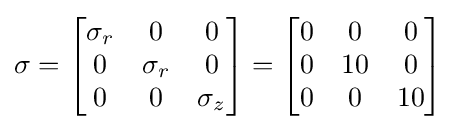
\sigma =\left[{\begin{matrix}\sigma _{r}&0&0\\0&\sigma _{r}&0\\0&0&\sigma _{z}\\\end{matrix}}\right]=\left[{\begin{matrix}0&0&0\\0&10&0\\0&0&10\\\end{matrix}}\right]